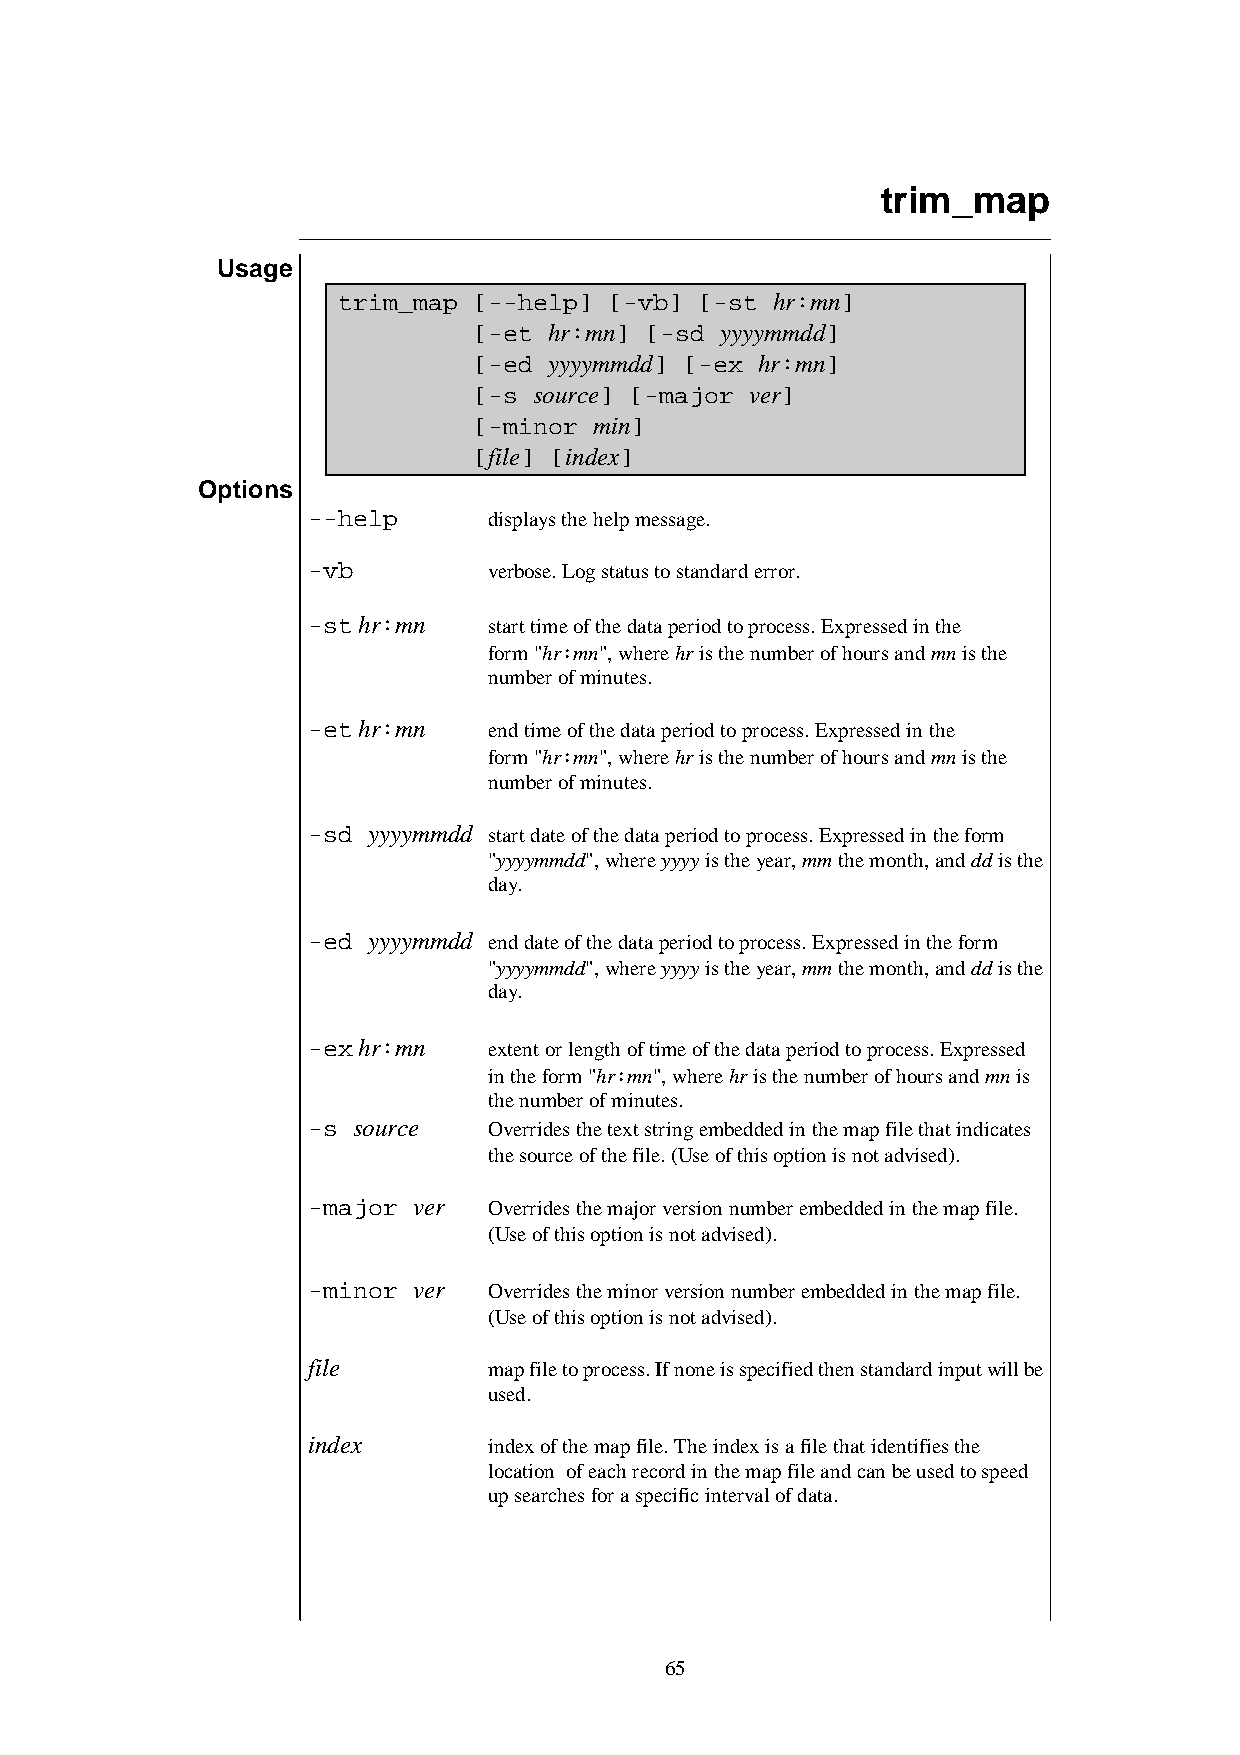
trim_map
 Usage
 trim_map [--help] [-vb] [-st hr:mn]
 [-et hr:mn] [-sd yyyymmdd]
 [-ed yyyymmdd] [-ex hr:mn]
 [-s source] [-major ver]
 [-minor min]
 [file] [index]
 Options
 --help      displays the help message.
 -vb         verbose. Log status to standard error.
 -st hr:mn   start time of the data period to process. Expressed in the
 form "hr:mn", where hr is the number of hours and mn is the
 number of minutes.
 -et hr:mn   end time of the data period to process. Expressed in the
 form "hr:mn", where hr is the number of hours and mn is the
 number of minutes.
 -sd yyyymmdd start date of the data period to process. Expressed in the form
 "yyyymmdd", where yyyy is the year, mm the month, and dd is the
 day.
 -ed yyyymmdd end date of the data period to process. Expressed in the form
 "yyyymmdd", where yyyy is the year, mm the month, and dd is the
 day.
 -ex hr:mn   extent or length of time of the data period to process. Expressed
 in the form "hr:mn", where hr is the number of hours and mn is
 the number of minutes.
 -s source   Overrides the text string embedded in the map file that indicates
 the source of the file. (Use of this option is not advised).
 -major ver  Overrides the major version number embedded in the map file.
 (Use of this option is not advised).
 -minor ver  Overrides the minor version number embedded in the map file.
 (Use of this option is not advised).
 file        map file to process. If none is specified then standard input will be
 used.
 index       index of the map file. The index is a file that identifies the
 location of each record in the map file and can be used to speed
 up searches for a specific interval of data.
 65